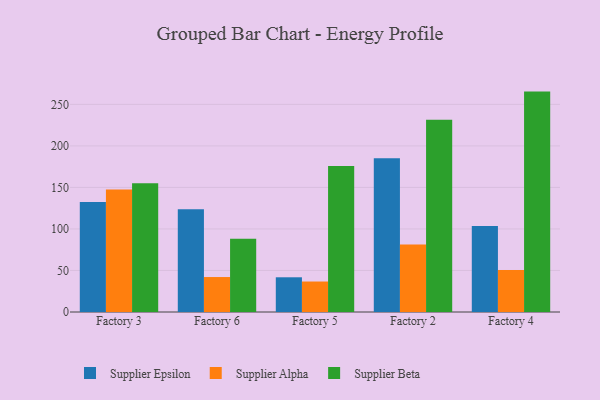
{"axis": {"x": "Factory", "y": "Customer Acquisition Cost (USD)"}, "legend": ["Supplier Alpha", "Supplier Beta", "Supplier Epsilon"], "data": [{"x": "Factory 3", "y": 132.5, "type": "Supplier Epsilon"}, {"x": "Factory 3", "y": 147.6, "type": "Supplier Alpha"}, {"x": "Factory 3", "y": 155.0, "type": "Supplier Beta"}, {"x": "Factory 6", "y": 123.8, "type": "Supplier Epsilon"}, {"x": "Factory 6", "y": 42.1, "type": "Supplier Alpha"}, {"x": "Factory 6", "y": 88.1, "type": "Supplier Beta"}, {"x": "Factory 5", "y": 41.8, "type": "Supplier Epsilon"}, {"x": "Factory 5", "y": 36.7, "type": "Supplier Alpha"}, {"x": "Factory 5", "y": 175.8, "type": "Supplier Beta"}, {"x": "Factory 2", "y": 185.2, "type": "Supplier Epsilon"}, {"x": "Factory 2", "y": 81.4, "type": "Supplier Alpha"}, {"x": "Factory 2", "y": 231.5, "type": "Supplier Beta"}, {"x": "Factory 4", "y": 103.7, "type": "Supplier Epsilon"}, {"x": "Factory 4", "y": 50.7, "type": "Supplier Alpha"}, {"x": "Factory 4", "y": 265.4, "type": "Supplier Beta"}]}